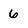
Character: 6